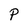
Character: P